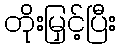
တိုးမြှင့်ပြီး